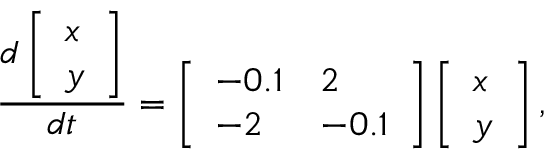
\frac { d \left[ \begin{array} { l } { x } \\ { y } \end{array} \right] } { d t } = \left[ \begin{array} { l l } { - 0 . 1 } & { 2 } \\ { - 2 } & { - 0 . 1 } \end{array} \right] \left[ \begin{array} { l } { x } \\ { y } \end{array} \right] ,